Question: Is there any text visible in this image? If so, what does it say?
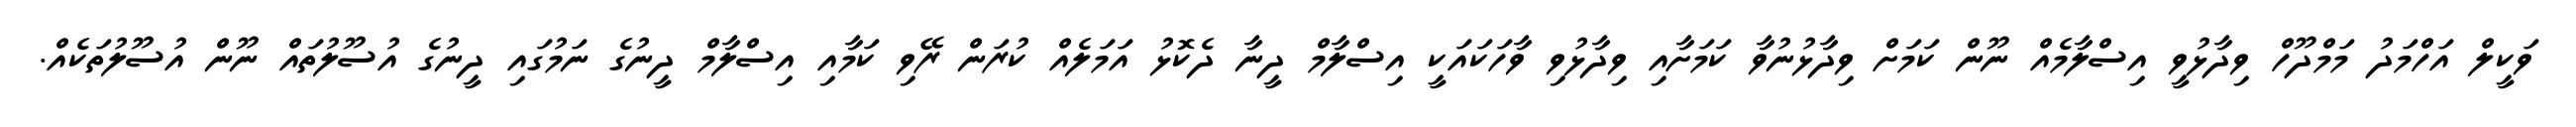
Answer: ވަކީލް އަހްމަދު މަމްދޫހް ވިދާޅުވީ އިސްލާމެއް ނޫން ކަމަށް ވިދާޅުނުވާ ކަމަށާއި ވިދާޅުވި ވާހަކައަކީ އިސްލާމް ދީނާ ދެކޮޅު އަމަލެއް ކުރަން ރޭވި ކަމާއި އިސްލާމް ދީނުގެ ނަމުގައި ދީނުގެ އުސޫލުތައް ނޫން އުސޫލުތަކެއް.